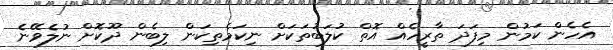
އެހެން ކަމުން މިފަދަ ތާރީހެއް އޮތް ކުލަބުތަކަށް ނިކަމެތިކަން ލިބެން ދޫކޮށް ނުލެވޭނެ